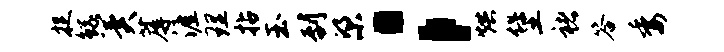
捉鲧冀蓐涯理拈玉到梁；烘堡褚答委